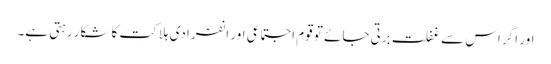
اور اگر اس سے غفلت برتی جائے تو قوم اِجتماعی اور انفرادی ہلاکت کا شکار رہتی ہے۔